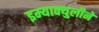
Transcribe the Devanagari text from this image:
इम्‍याक्‍युलीने